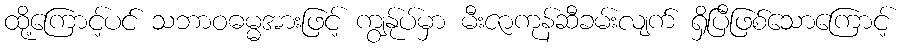
ထို့ကြောင့်ပင် သဘာဝဓမ္မအားဖြင့် ကျွနု်ပ်မှာ မီးဇာကုန်ဆီခမ်းလျက် ရှိပြီဖြစ်သောကြောင့်